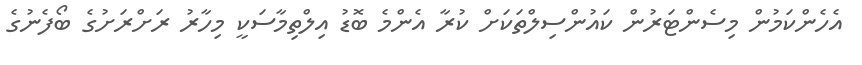
އެހެންކަމުން މިސެންޓަރުން ކައުންސިލްތަކަށް ކުރާ އެންމެ ބޮޑު އިލްތިމާސަކީ މިހާރު ރަށްރަށުގެ ބޯފެނުގެ